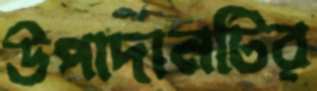
উপাদানটির